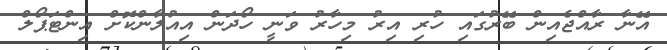
އޭނާ ރާއްޖެއިން ބޭރުގައި ހުރި އިރު މިހާރު ވަނީ ހޯދަން އިއުލާންކޮށް އިންޓަޕޯލް